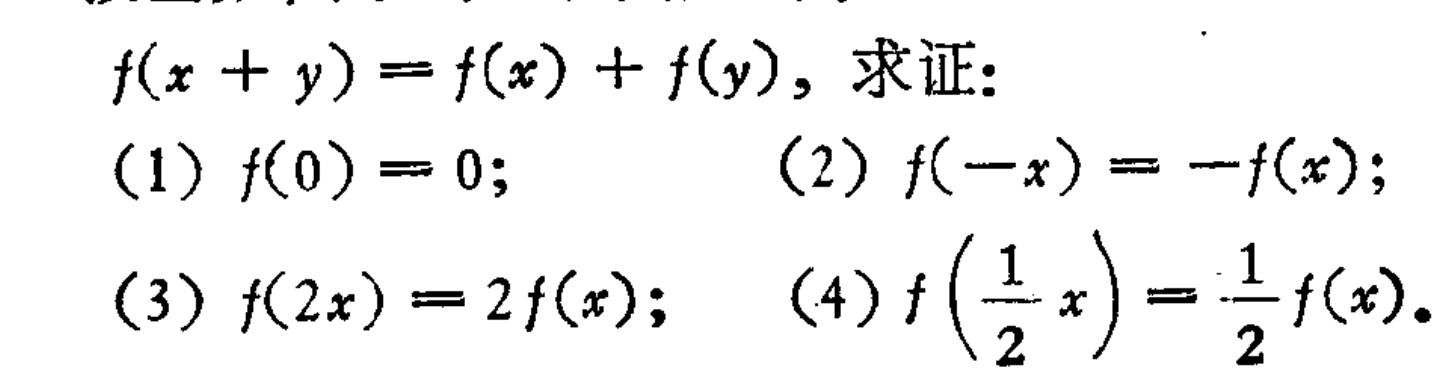
\(f(x + y)=f(x)+f(y)\)，求证：

(1) \(f(0)=0\); (2) \(f(-x)=-f(x)\);

(3) \(f(2x)=2f(x)\); (4) \(f\left(\frac{1}{2}x\right)=\frac{1}{2}f(x)\)。